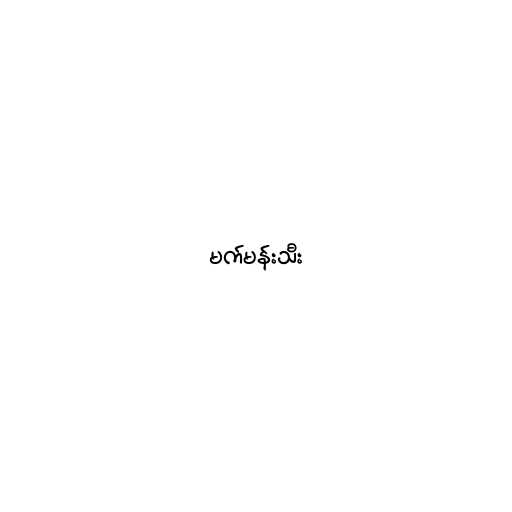
မက်မန်းသီး